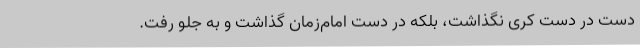
دست در دست کِری نگذاشت، بلکه در دست امام‌زمان گذاشت و به جلو رفت.